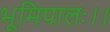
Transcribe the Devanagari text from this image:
भूमिपालः।।